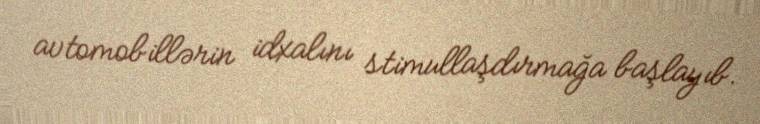
avtomobillərin idxalını stimullaşdırmağa başlayıb.